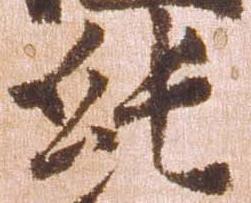
純